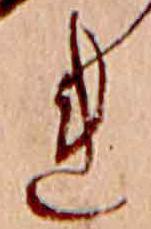
れ